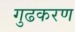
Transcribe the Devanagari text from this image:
गुढकरण